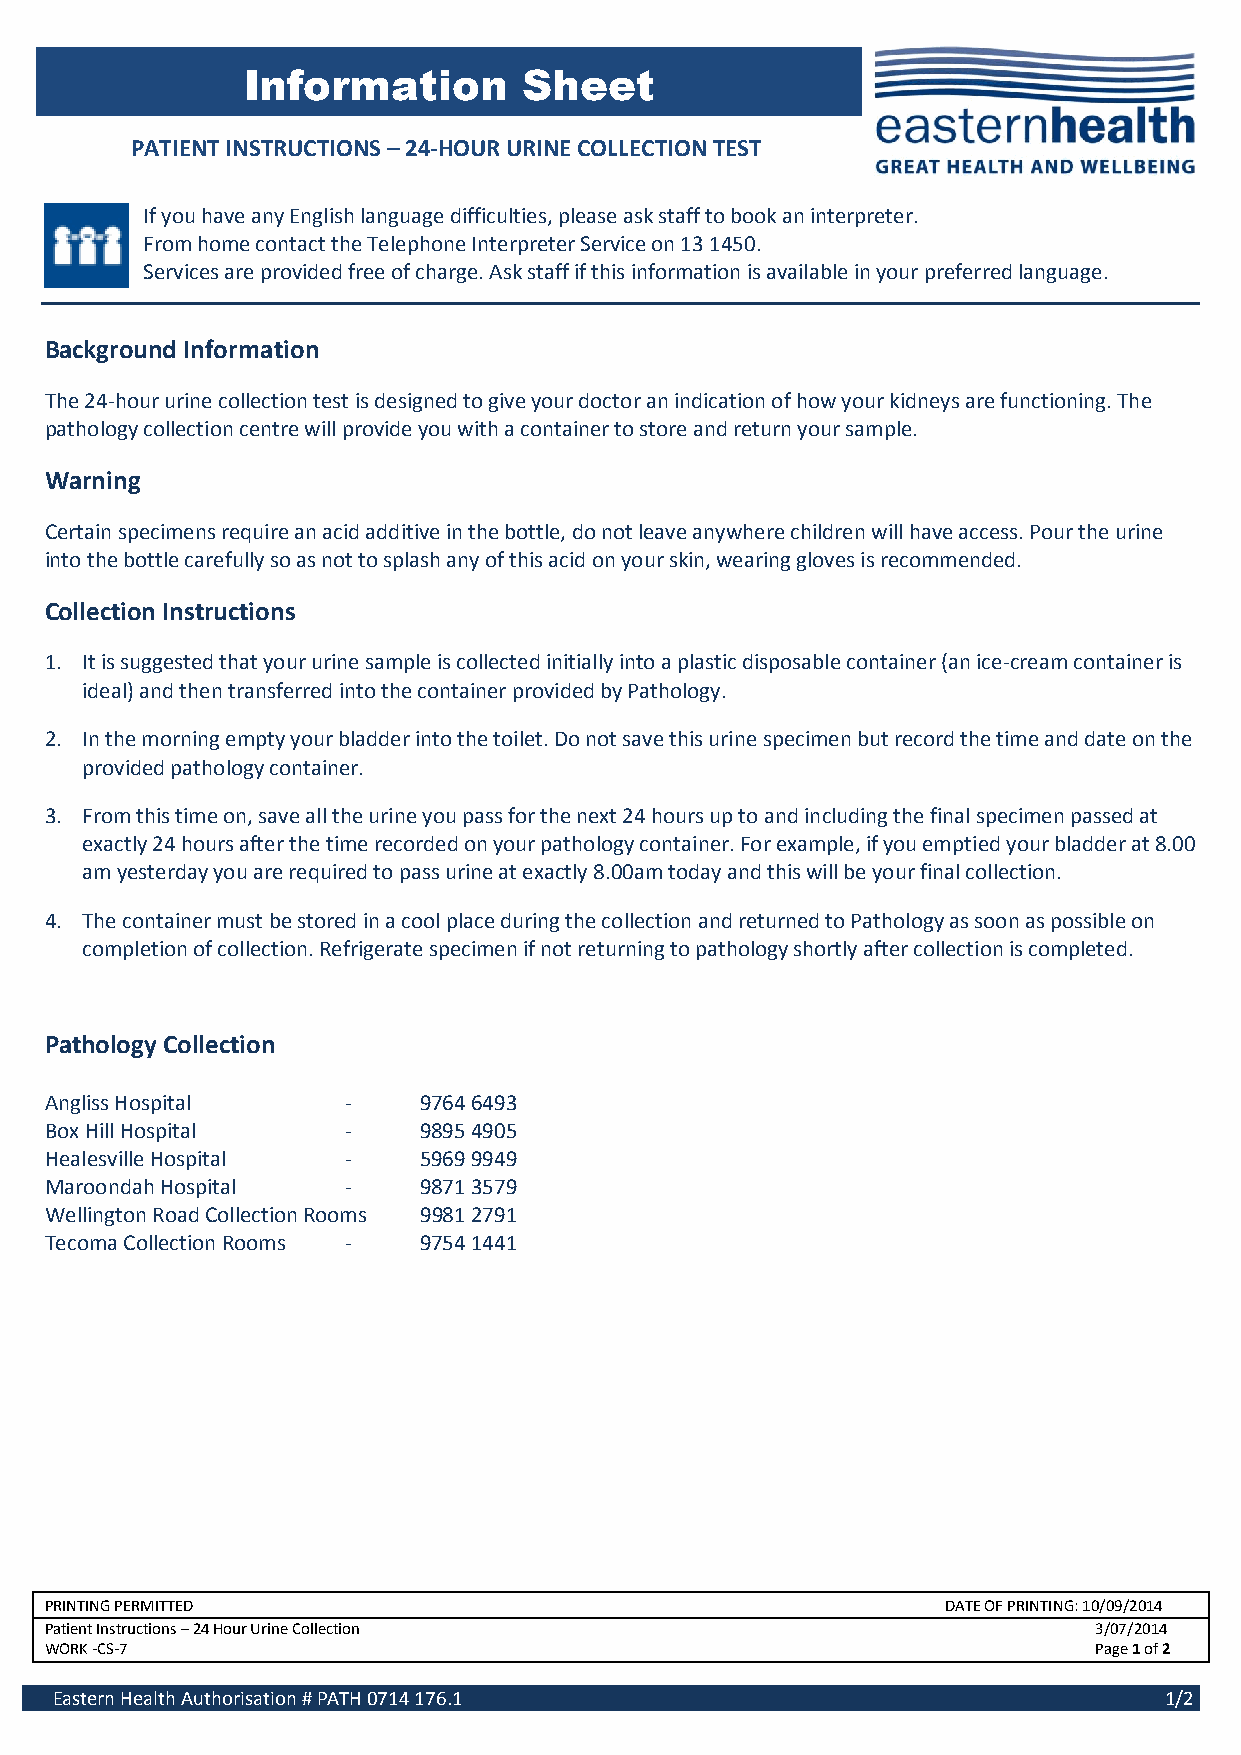
Information        Sheet
 PATIENT INSTRUCTIONS – 24-HOUR URINE COLLECTION TEST
 CLOSTRIDIUM DIFFICLE TOXIN
 If you have any English language difficulties, please ask staff to book an interpreter.
 From home contact the Telephone Interpreter Service on 13 1450.
 Services are provided free of charge. Ask staff if this information is available in your preferred language.
 Background Information
 The 24-hour urine collection test is designed to give your doctor an indication of how your kidneys are functioning. The
 pathology collection centre will provide you with a container to store and return your sample.
 Warning
 Certain specimens require an acid additive in the bottle, do not leave anywhere children will have access. Pour the urine
 into the bottle carefully so as not to splash any of this acid on your skin, wearing gloves is recommended.
 Collection Instructions
 1. It is suggested that your urine sample is collected initially into a plastic disposable container (an ice-cream container is
 ideal) and then transferred into the container provided by Pathology.
 2. In the morning empty your bladder into the toilet. Do not save this urine specimen but record the time and date on the
 provided pathology container.
 3. From this time on, save all the urine you pass for the next 24 hours up to and including the final specimen passed at
 exactly 24 hours after the time recorded on your pathology container. For example, if you emptied your bladder at 8.00
 am yesterday you are required to pass urine at exactly 8.00am today and this will be your final collection.
 4. The container must be stored in a cool place during the collection and returned to Pathology as soon as possible on
 completion of collection. Refrigerate specimen if not returning to pathology shortly after collection is completed.
 Pathology Collection
 Angliss Hospital    -    9764 6493
 Box Hill Hospital   -    9895 4905
 Healesville Hospital -   5969 9949
 Maroondah Hospital  -    9871 3579
 Wellington Road Collection Rooms 9981 2791
 Tecoma Collection Rooms - 9754 1441
 PRINTING PERMITTED                                          DATE OF PRINTING: 10/09/2014
 Patient Instructions – 24 Hour Urine Collection                      3/07/2014
 WORK -CS-7                                                           Page 1 of 2
 Eastern Health Authorisation # PATH 0714 176.1                            1/2